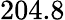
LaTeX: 204.8